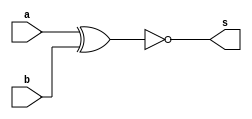
// -------------------------
// Guia_0802 - Comparador de Igualdade
// Nome: Gabriel Samarane Ribeiro
// -------------------------
// -------------------------
// Comparador de Igualdade
// -------------------------

	module comparador(input a, input b, output s);
		xnor XNOR_GATE(s,a,b);
	endmodule

	module test;

		reg  [0:0] result;

		reg  [5:0] A;
		reg  [5:0] B;

		reg  [5:0] C;
		reg  [5:0] D;

		wire [5:0] S1;
		wire [5:0] S2;

		initial begin
		//Associando valores iguais
		 
		A = 6'b100111;
		B = 6'b100111;
		
		//Associando valores distintos

		C = 6'b101010;
		D = 6'b010101;
		
		end
		
		//Instanciando o primeiro comparador

	    genvar i;
        generate 
            for (i = 0; i < 6; i = i + 1) begin
                comparador comp1(A[i], B[i], S1[i]);
                comparador comp2(C[i], D[i], S2[i]);
            end
        endgenerate

        // Display dos resultados
        initial begin
            $display("-------------- TESTE COMPARADOR-6-BITS ------------");
            $display("A = 100111,  B = 100111");
            #1;
			if(S1 == 6'b111111)begin
				$display("Os nmeros so identicos");
			end
			else begin
				$display("Os nmeros so distintos");
			end

            $display("C = 101010,  D = 010101");
            #1;
			if(S2 == 6'b111111)begin
				$display("Os nmeros so identicos");
			end
			else begin
				$display("Os nmeros so distintos");
			end            
        end
		
	endmodule